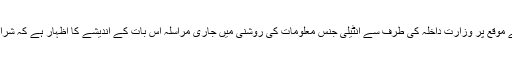
مولانا فضل الرحمٰن کے آزادی مارچ کے موقع پر وزارتِ داخلہ کی طرف سے انٹیلی جنس معلومات کی روشنی میں جاری مراسلہ اس بات کے اندیشے کا اظہار ہے کہ شرارتی عناصر کہیں کچھ پلان کررہے ہیں۔